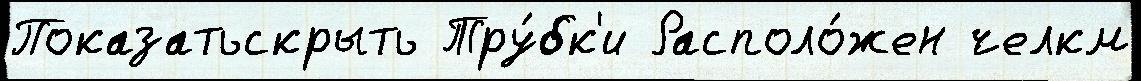
Показатьскрыть Тру́бк'и Располо́жен челкм